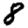
Digit: 8